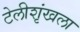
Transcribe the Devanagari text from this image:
टेलीशृंखला